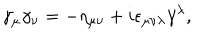
\gamma _ { \mu } \gamma _ { \nu } = - \eta _ { \mu \nu } + i \epsilon _ { \mu \nu \lambda } \gamma ^ { \lambda } ,